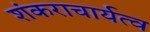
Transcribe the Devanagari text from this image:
शंकराचार्यत्व